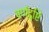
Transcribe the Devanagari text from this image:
वर्णदृष्टि